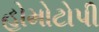
હોમોટોપી